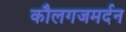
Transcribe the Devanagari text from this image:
कौलगजमर्दन